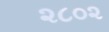
૨૮૦૨